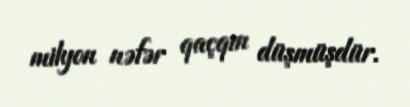
milyon nəfər qaçqın düşmüşdür.